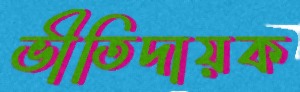
ভীতিদায়ক